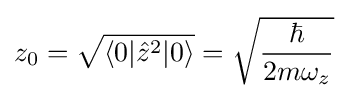
z_{0}={\sqrt {\langle 0\vert {\hat {z}}^{2}\vert 0\rangle }}={\sqrt {\frac {\hbar }{2m\omega _{z}}}}